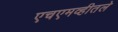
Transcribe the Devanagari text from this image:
एचएमव्हीतले